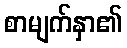
စာမျက်နှာ၏